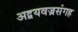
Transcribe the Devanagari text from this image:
अद्वयवज्रसंगह